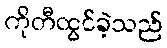
ကိုတီထွင်ခဲ့သည်